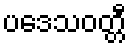
ပဒေသဝတ္တီ